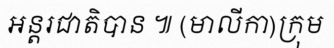
អន្តរជាតិបាន ៕ (មាលីកា)ក្រុម